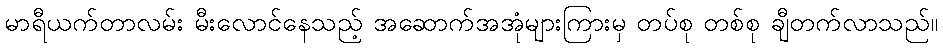
မာရီယက်တာလမ်း မီးလောင်နေသည့် အဆောက်အအုံများကြားမှ တပ်စု တစ်စု ချီတက်လာသည်။